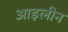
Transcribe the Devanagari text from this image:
आइलीन